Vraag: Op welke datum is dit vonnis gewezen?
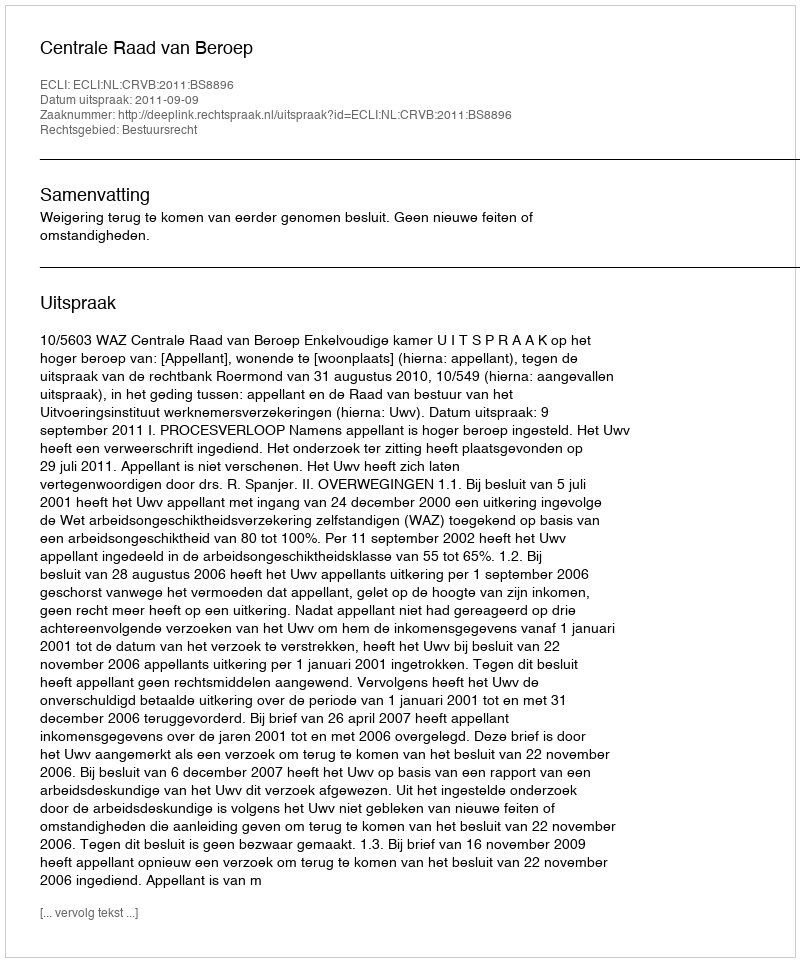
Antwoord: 2011-09-09